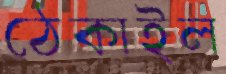
ঠেকাইল